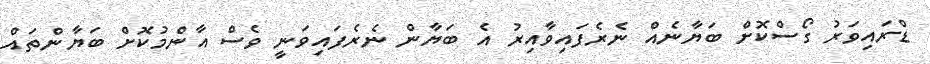
ޑްރައިވަރު ގޯސްކޮށް ބަޔާނެއް ނެރެފައިވާއިރު އެ ބަޔާން ނެރެފައިވަނީ ވެސް އާންމުކޮށް ބަޔާންތައް